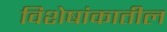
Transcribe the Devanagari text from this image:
विशेषांकातील